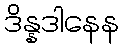
ဒိန္နဒါနေန